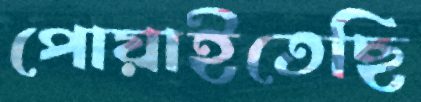
পোয়াইতেছি